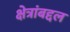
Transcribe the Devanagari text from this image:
क्षेत्रांबद्दल